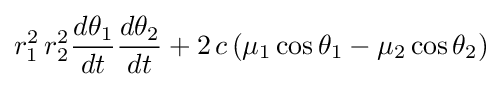
r_{1}^{2}\,r_{2}^{2}{\frac {d\theta _{1}}{dt}}{\frac {d\theta _{2}}{dt}}+2\,c\left(\mu _{1}\cos \theta _{1}-\mu _{2}\cos \theta _{2}\right)